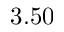
3 . 5 0